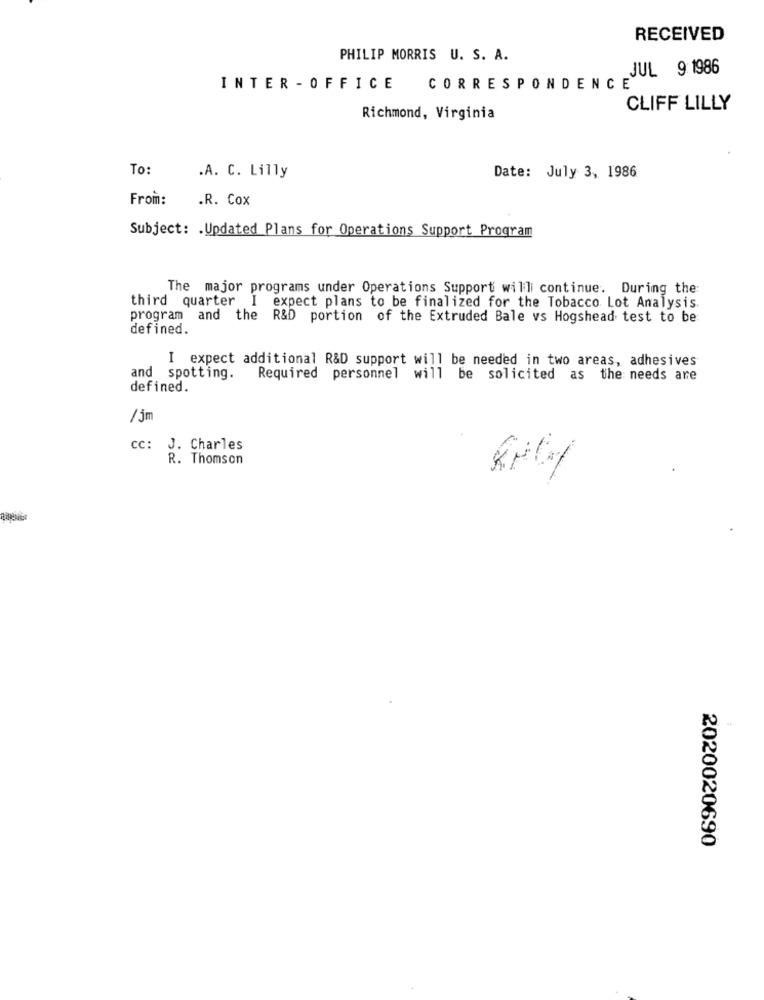
RECEIVED
PHILIP MORRIS U. S. A.
JUL 9 1986
INTER - OFFICE
CORRESPONDENCE
CLIFF LILLY
Richmond, Virginia
To:
.A. C. Lilly
Date: July 3, 1986
From:
.R. Cox
Subject: . Updated Plans for Operations Support Program
The major programs under Operations Support will continue. During the:
third quarter I expect plans to be finalized for the Tobacco Lot Analysis.
program and the R&D portion of the Extruded Bale vs Hogshead test to be
defined.
I
expect additional R&D support will be needed in two areas, adhesives
and
spotting.
Required personnel will be solicited as the needs are
defined.
/5m
cc: J. Charles
R. Thomson
2020020690